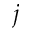
j